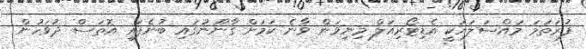
ފުރަތަމަ މައްސަލައަކީ އެޑިޓޯރިއަލް މިނިވަން ވާނެ ކަމަށް ގާނޫނުގައި ބުނެފައި އޮތަސް ދުވަހުން